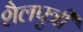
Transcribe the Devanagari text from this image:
शैलपुत्रीं